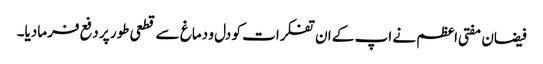
فیضان مفتی اعظم نے اپ کے ان تفکرات کو دل و دماغ سے قطعی طور پر دفع فرمادیا۔